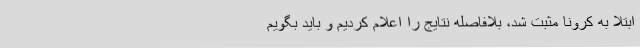
ابتلا به کرونا مثبت شد، بلافاصله نتایج را اعلام کردیم و باید بگویم